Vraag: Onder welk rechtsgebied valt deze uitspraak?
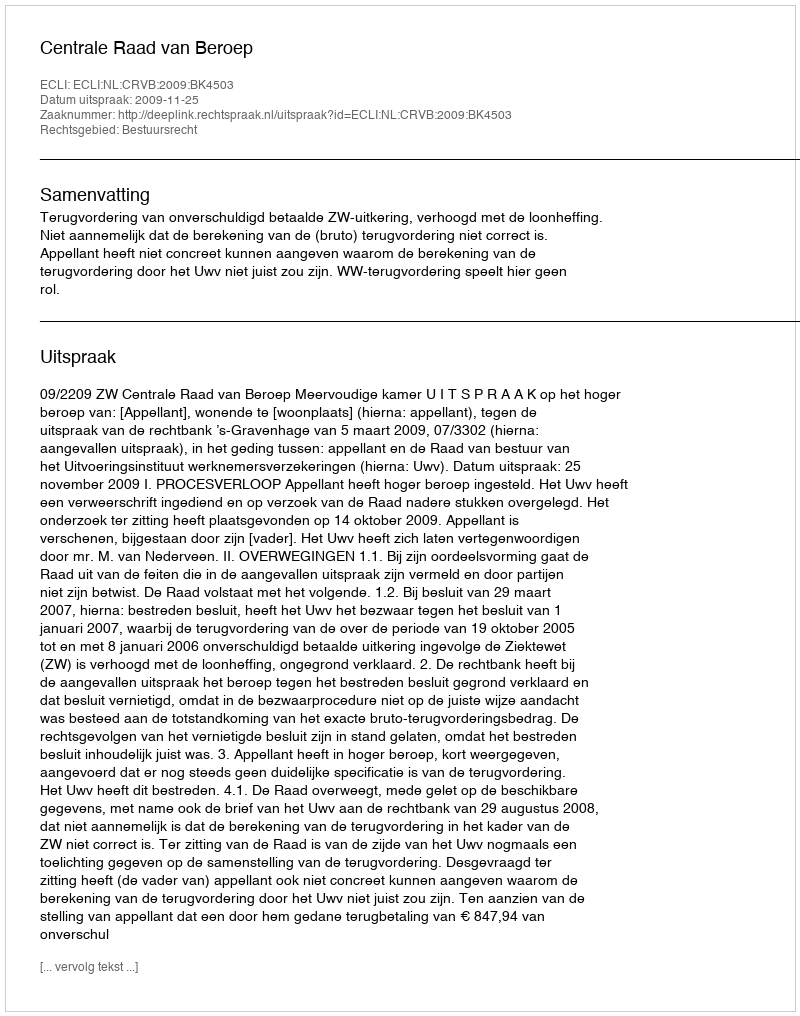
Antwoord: Bestuursrecht